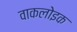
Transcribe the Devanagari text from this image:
वाकलोइक